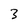
Character: 3